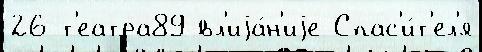
26 т'еатра89 вл'иjа́н'иjе Спас'и́т'ел'я